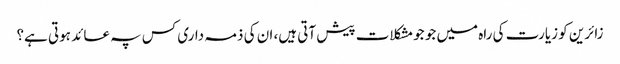
زائرین کو زیارت کی راہ میں جو جومشکلات پیش آتی ہیں، ان کی ذمہ داری کس پہ عائد ہوتی ہے؟